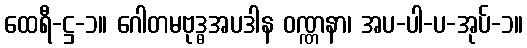
ထေရီ-ဋ္ဌ-၁။ ဂေါတမဗုဒ္ဓအပဒါန ဝဏ္ဏနာ၊ အပ-ပါ-ပ-အုပ်-၁။